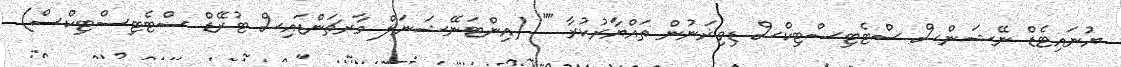
ޔުނައިޓެޑް ނޭޝަންސް ސްޓެޓިސްޓިކްސް ޑިވިޜަނުން ތައްޔާރުކުރާ "" (އިންޓަނޭޝަނަލް މާރޗަންޑައިސް ޓުރޭޑް ސްޓެޓިސްޓިކްސް)